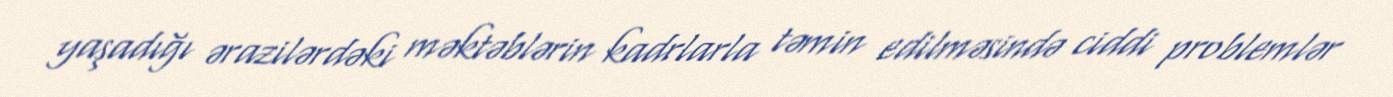
yaşadığı ərazilərdəki məktəblərin kadrlarla təmin edilməsində ciddi problemlər